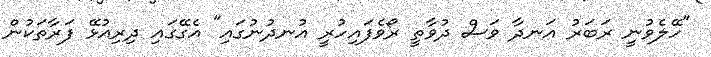
"ހޭލެވުނީ ރަބަރު އަނދާ ވަސް ދުވާތީ ރޯވެފައިހުރީ އުނދުނުގައި" އެގޭގައި ދިރިއުޅޭ ފަރާތަކުން